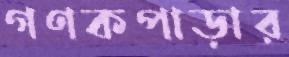
গণকপাড়ার